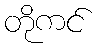
တိုကင်